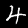
Digit: 4